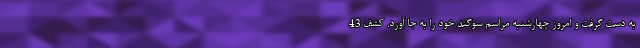
به دست گرفت و امروز چهارشنبه مراسم سوگند خود را به جا آورد. کشف 43